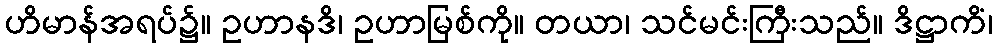
ဟိမာန်အရပ်၌။ ဥဟာနဒိ၊ ဥဟာမြစ်ကို။ တယာ၊ သင်မင်းကြီးသည်။ ဒိဋ္ဌာကိံ၊